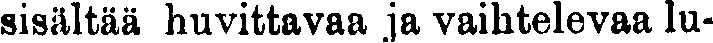
sisältää huvittavaa ja vaihtelevaa lu-